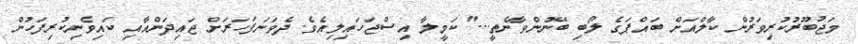
މަޖުބޫރުކުރިވަރުން ކާލްއަށް ބައްޕަގެ ލޯބި ބޭނުންވާނެތީ..." ކަމީލާ އިސްޖަހައިލިއެވެ. ދެވަނަފަހަރަށް ޖައިދަންއާއި ކައިވެނިކުރިފަހުން